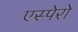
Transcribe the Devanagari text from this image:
एस्पेरो